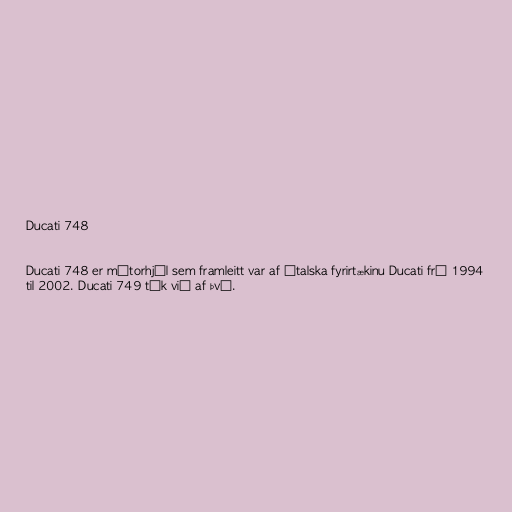
Ducati 748

Ducati 748 er mótorhjól sem framleitt var af ítalska fyrirtækinu Ducati frá 1994
til 2002. Ducati 749 tók við af því.